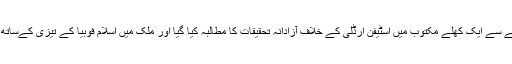
کونسل کی طرف سے برطانوی وزیراعظم اور کنزر ویٹیو پارٹی کی سربراہ تھریسا مے سے ایک کھلے مکتوب میں اسٹیفن ارڈلی کے خلاف آزادانہ تحقیقات کا مطالبہ کیا گیا اور ملک میں اسلام فوبیا کے تیزی کےساتھ پھیلنے اور مسلمانوں کے خلاف نسلی امتیازپر مبنی رویے کے خاتمے پر زوردیا گیا۔